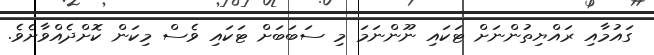
ގައުމާއި ރައްޔިތުންނަށް ޓަކައި ނޫންނަމަ މި ސަބަބަށް ޓަކައި ވެސް މިކަން ކޮށްދެއްވާށެވެ.